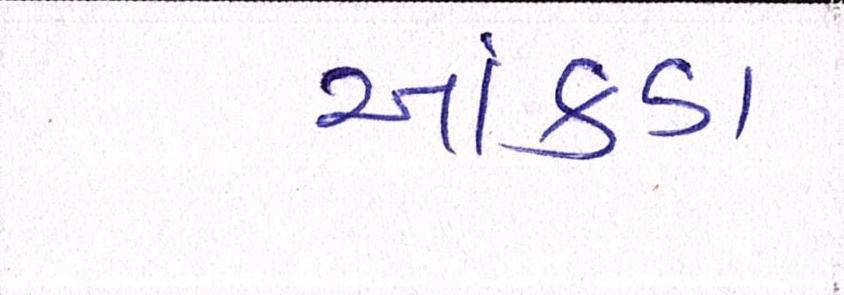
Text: આંકડા